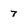
Character: 7